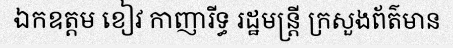
ឯកឧត្តម ខៀវ កាញារីទ្ធ រដ្ឋមន្ត្រី ក្រសួងព័ត៌មាន